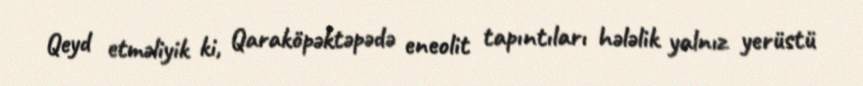
Qeyd etməliyik ki, Qaraköpəktəpədə eneolit tapıntıları hələlik yalnız yerüstü